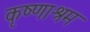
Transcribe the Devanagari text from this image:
कृष्णाश्रम